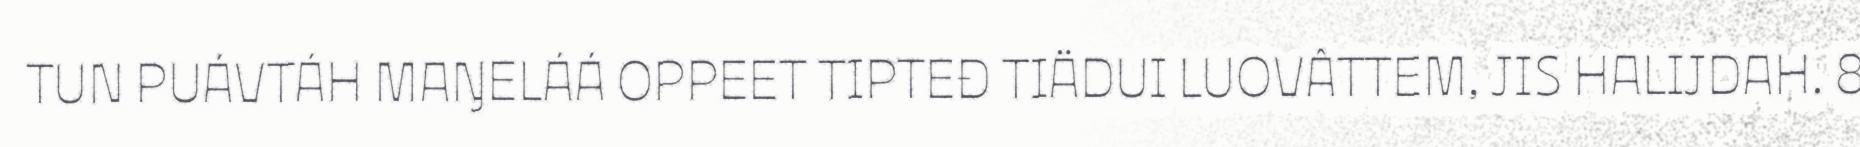
TUN PUÁVTÁH MAŊELÁÁ OPPEET TIPTEĐ TIÄDUI LUOVÂTTEM, JIS HALIJDAH. 8